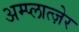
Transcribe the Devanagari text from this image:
अम्प्लात्ज़ेर